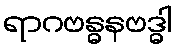
ရာဂဗန္ဓနဗဒ္ဓါ